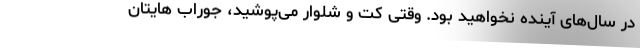
در سال‌های آینده نخواهید بود. وقتی کت و شلوار می‌پوشید، جوراب هایتان